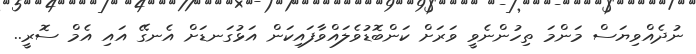
ނުދެއްވިޔަސް މަންމަ ތިހުންނެވީ ވަރަށް ކަންބޮޑުވެލައްވާފައިކަން އަޅުގަނޑަށް އެނގޭ އައި އެމް ސޮރީ..